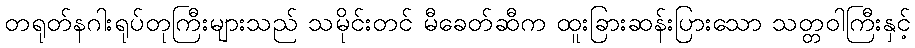
တရုတ်နဂါးရုပ်တုကြီးများသည် သမိုင်းတင် မီခေတ်ဆီက ထူးခြားဆန်းပြားသော သတ္တဝါကြီးနှင့်